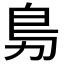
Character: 𭄩